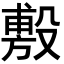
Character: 𪵐